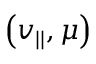
\left( v _ { | | } , \mu \right)